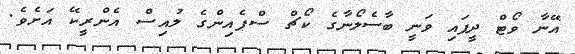
އޭނާ ވޯޓް ދީފައި ވަނީ ބާސެލޯނާގެ ކޯޗް ސްޕެއިންގެ ލުއިސް އެންރީކޭ އަށެވެ.